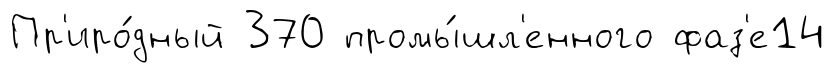
Пр'иро́дный 370 промы́шл'енного фаз'е14